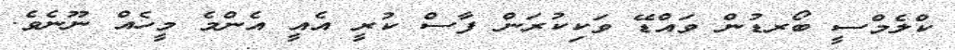
ކްލެމްސީ ބޯރޑުން ވައްޑޭ ވަކިކުރަން ފާސް ކުރީ އެއީ އެންމެ މީހެއް ނޫނެވެ.